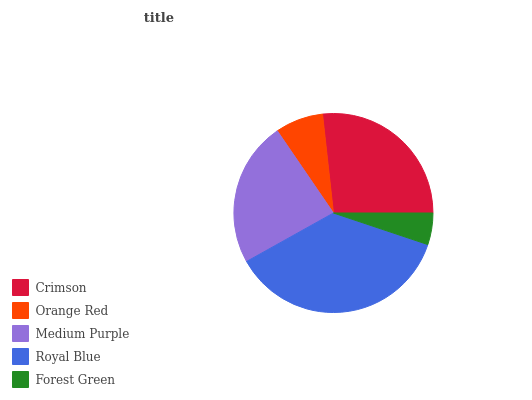
| Crimson | Orange Red | Medium Purple | Royal Blue | Forest Green |
 | --- | --- | --- | --- | --- |
 | 26.7% | 7.8% | 23.6% | 36.8% | 5.14% |